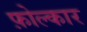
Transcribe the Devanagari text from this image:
फ़ोल्कार